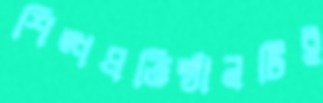
শিল্পপ্রতিষ্ঠানটিই